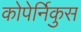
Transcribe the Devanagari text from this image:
कोपेर्निकुस